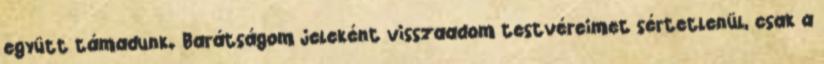
együtt támadunk. Barátságom jeleként visszaadom testvéreimet sértetlenül, csak a